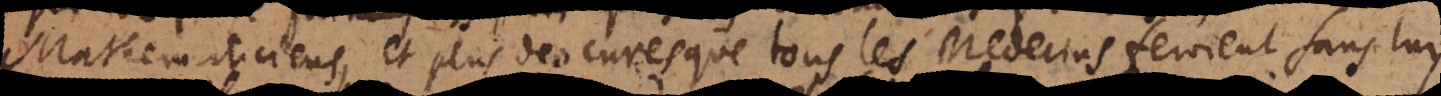
Mathematiciens et plus des cures que tous les Medecins feroient sans luy,